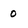
Character: 0